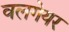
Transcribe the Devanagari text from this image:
वलगेयर